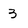
Character: 3